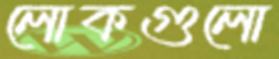
লোকগুলো